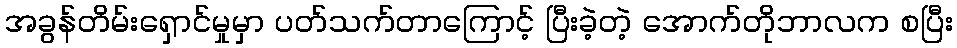
အခွန်တိမ်းရှောင်မှုမှာ ပတ်သက်တာကြောင့် ပြီးခဲ့တဲ့ အောက်တိုဘာလက စပြီး